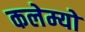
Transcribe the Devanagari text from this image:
कलेम्यो